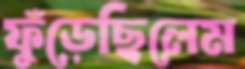
ফুঁড়েছিলেম